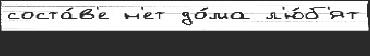
соста́в'е н'ет до́ма л'ю́б'ят